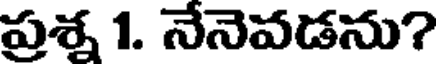
ప్రశ్న 1. నేనెవడను?